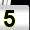
Digit: 5